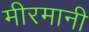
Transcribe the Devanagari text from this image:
मीरमानी